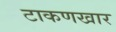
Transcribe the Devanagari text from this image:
टाकणखार